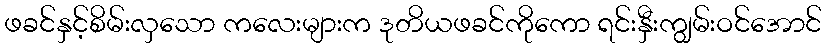
ဖခင်နှင့်စိမ်းလှသော ကလေးများက ဒုတိယဖခင်ကိုကော ရင်းနှီးကျွမ်းဝင်အောင်